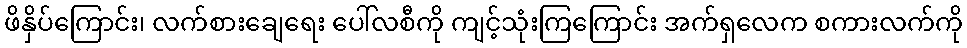
ဖိနှိပ်ကြောင်း၊ လက်စားချေရေး ပေါ်လစီကို ကျင့်သုံးကြကြောင်း အက်ရှလေက စကားလက်ကို